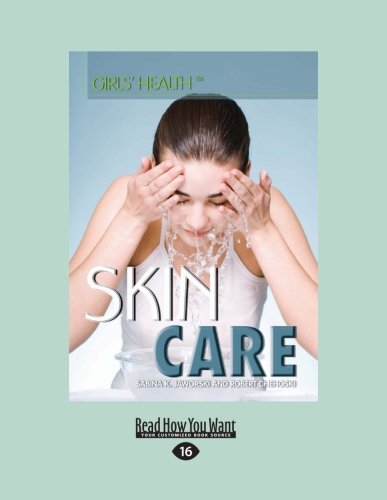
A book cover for Skin Care: (Girls' Health); Sabina K. Jaworski; Health, Fitness & Dieting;